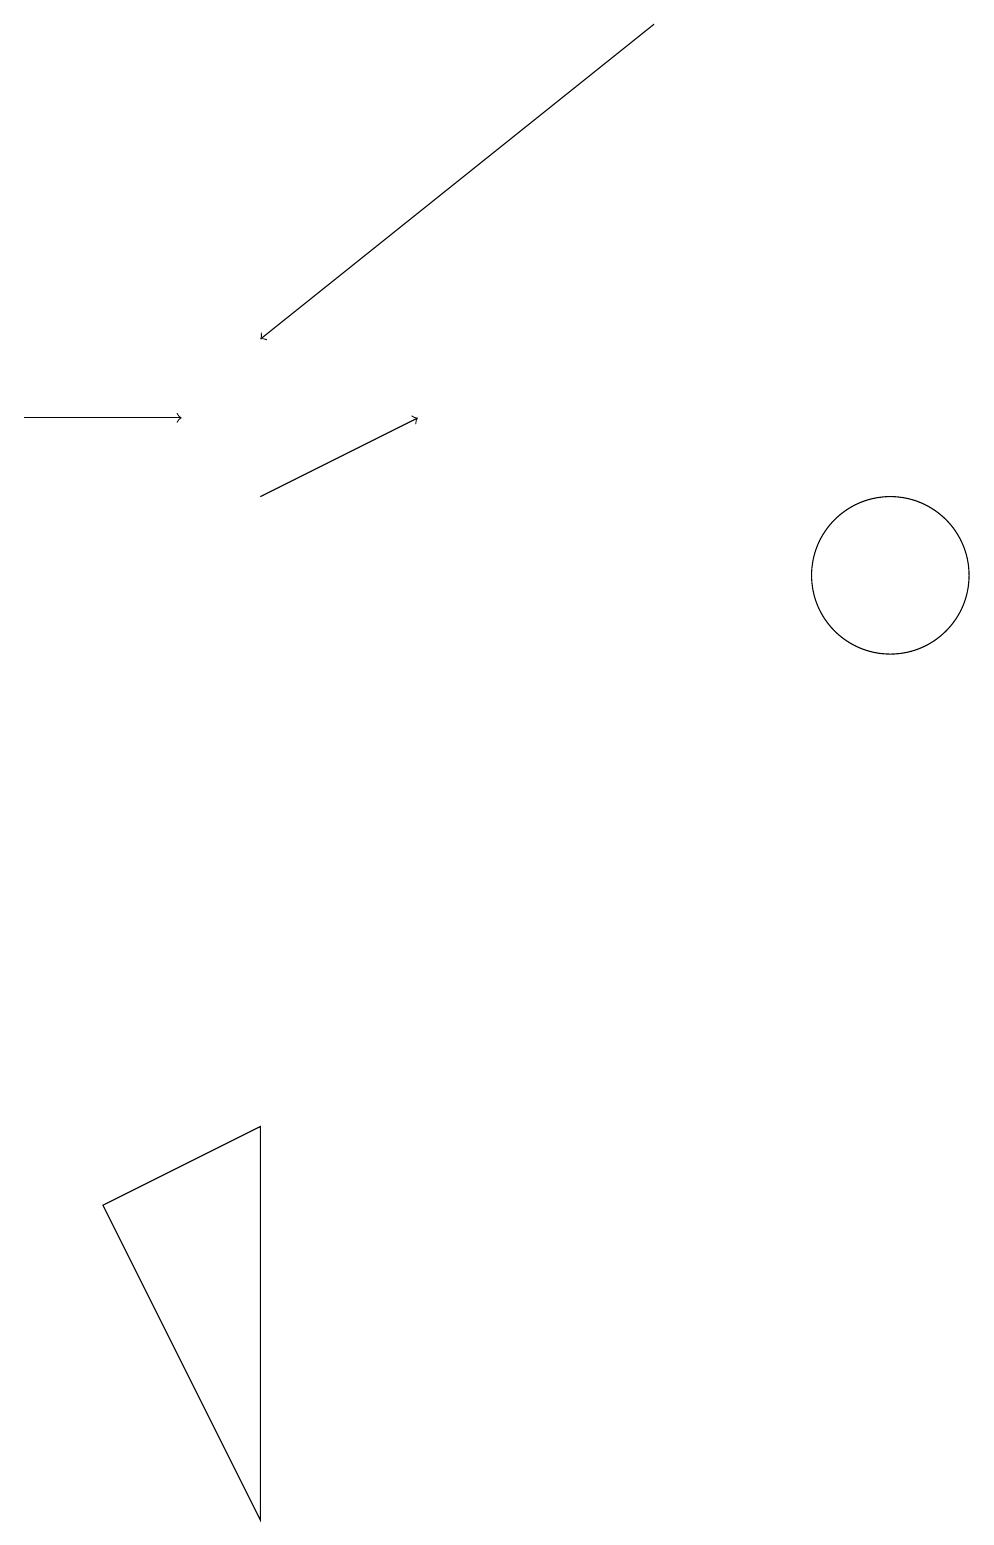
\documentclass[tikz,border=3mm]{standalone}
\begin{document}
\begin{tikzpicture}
\draw[->] (8,19) -- (3,15);
\draw[->] (0,14) -- (2,14);
\draw (3,0) -- (1,4) -- (3,5) -- cycle;
\draw[->] (3,13) -- (5,14);
\draw (11,12) circle (1);
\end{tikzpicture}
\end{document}